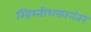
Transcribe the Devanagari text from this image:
ख्रिस्तीशकानंतर